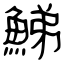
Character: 鮷